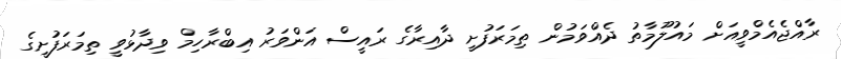
ރާއްޖެއެމްވީއަށް މައުލޫމާތު ދެއްވަމުން ތިމަރަފުށީ ދާއިރާގެ ރައީސް އަންވަރު އިބްރާހިމް ވިދާޅުވީ ތިމަރަފުށީގެ